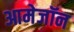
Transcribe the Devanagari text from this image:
आमेजॉन